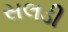
સલડી